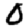
Digit: 0